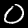
Digit: 0